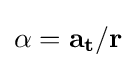
\alpha =\mathbf {a_{\mathbf {t} }} /\mathbf {r}